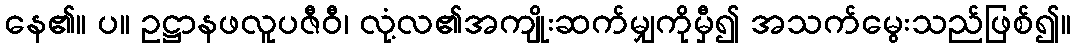
နေ၏။ ပ။ ဥဋ္ဌာနဖလူပဇီဝီ၊ လုံ့လ၏အကျိုးဆက်မျှကိုမှီ၍ အသက်မွေးသည်ဖြစ်၍။